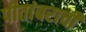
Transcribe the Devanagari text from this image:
पीतांबराची